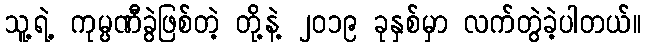
သူ့ရဲ့ ကုမ္ပဏီခွဲဖြစ်တဲ့ တို့နဲ့ ၂၀၁၉ ခုနှစ်မှာ လက်တွဲခဲ့ပါတယ်။